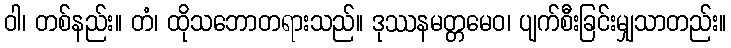
ဝါ၊ တစ်နည်း။ တံ၊ ထိုသဘောတရားသည်။ ဒုဿနမတ္တမေဝ၊ ပျက်စီးခြင်းမျှသာတည်း။